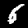
Digit: 6